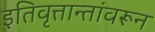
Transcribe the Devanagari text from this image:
इतिवृत्तान्तांवरून